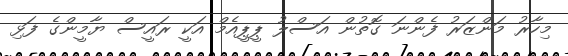
މިހާރު މަންޒަރު ފެންނަ ގޮތުން އަސްލު ޕީޕީއެމް އަކީ ރައީސް ޔާމީންގެ ފަޅި